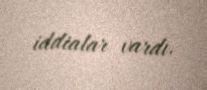
iddialar vardı.